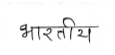
मजकूर: भारतीय